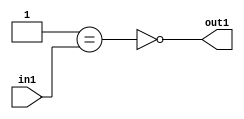
`timescale 1ps / 1ps
/*****************************************************************************
    Verilog RTL Description
    
    
    Created by: Stratus DpOpt 2019.1.01 
*******************************************************************************/

module st_weight_addr_gen_Nei1u16_4_9 (
	in1,
	out1
	); /* architecture "behavioural" */ 
input [15:0] in1;
output  out1;
wire  asc001,
	asc002;

assign asc002 = (21'B000000000000000000001==in1);

assign asc001 = 
	((~asc002));

assign out1 = asc001;
endmodule

/* CADENCE  ubP0SgE= : u9/ySgnWtBlWxVPRXgAZ4Og= ** DO NOT EDIT THIS LINE ******/